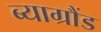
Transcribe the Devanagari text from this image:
ब्याग्रौंड